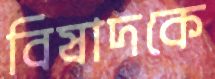
বিষাদকে